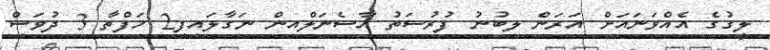
ލީގުގެ އެއްވަނައަށް އަރަން ލިބުނު ފުރުސަތު އާސެނަލްއިން ނަގާލައިފި2 ހަފްތާ 3 ދުވަސް